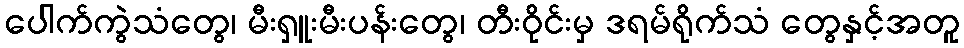
ပေါက်ကွဲသံတွေ၊ မီးရှူးမီးပန်းတွေ၊ တီးဝိုင်းမှ ဒရမ်ရိုက်သံ တွေနှင့်အတူ